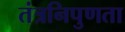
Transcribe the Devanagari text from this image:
तंत्रनिपुणता